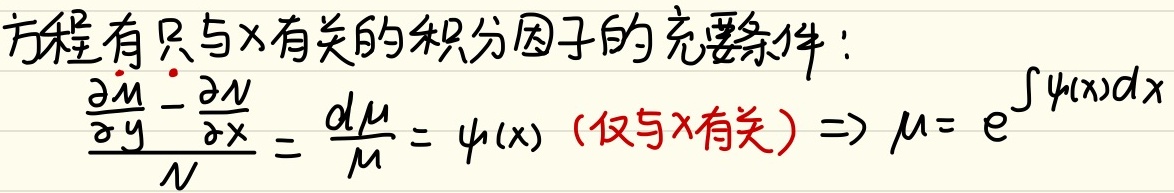
方程有只与\(x\)有关的积分因子的充要条件：
\(\frac{\frac{\partial M}{\partial y} - \frac{\partial N}{\partial x}}{N} = \frac{d\mu}{\mu} = \psi(x)\)（仅与\(x\)有关）\(\Rightarrow \mu = e^{\int \psi(x)dx}\)